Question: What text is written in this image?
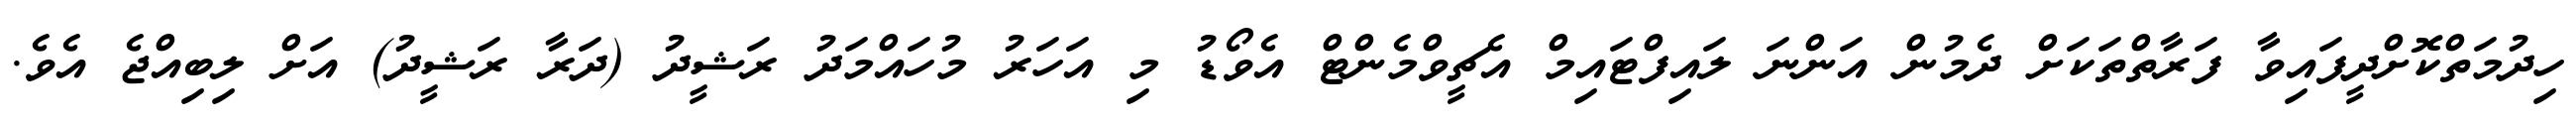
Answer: ހިދުމަތްކޮށްދީފައިވާ ފަރާތްތަކަށް ދެމުން އަންނަ ލައިފްޓައިމް އެޗީވްމެންޓް އެވޯޑު މި އަހަރު މުހައްމަދު ރަޝީދު (ދަރާ ރަޝީދު) އަށް ލިބިއްޖެ އެވެ.